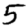
Digit: 5